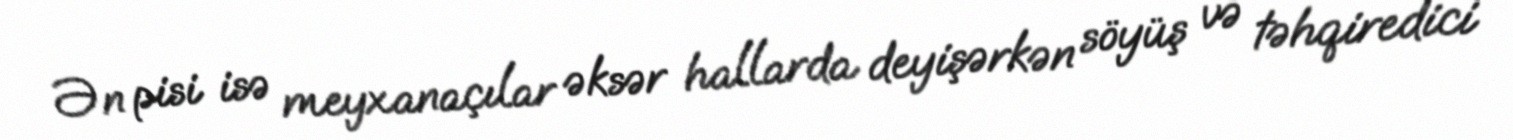
Ən pisi isə meyxanaçılar əksər hallarda deyişərkən söyüş və təhqiredici